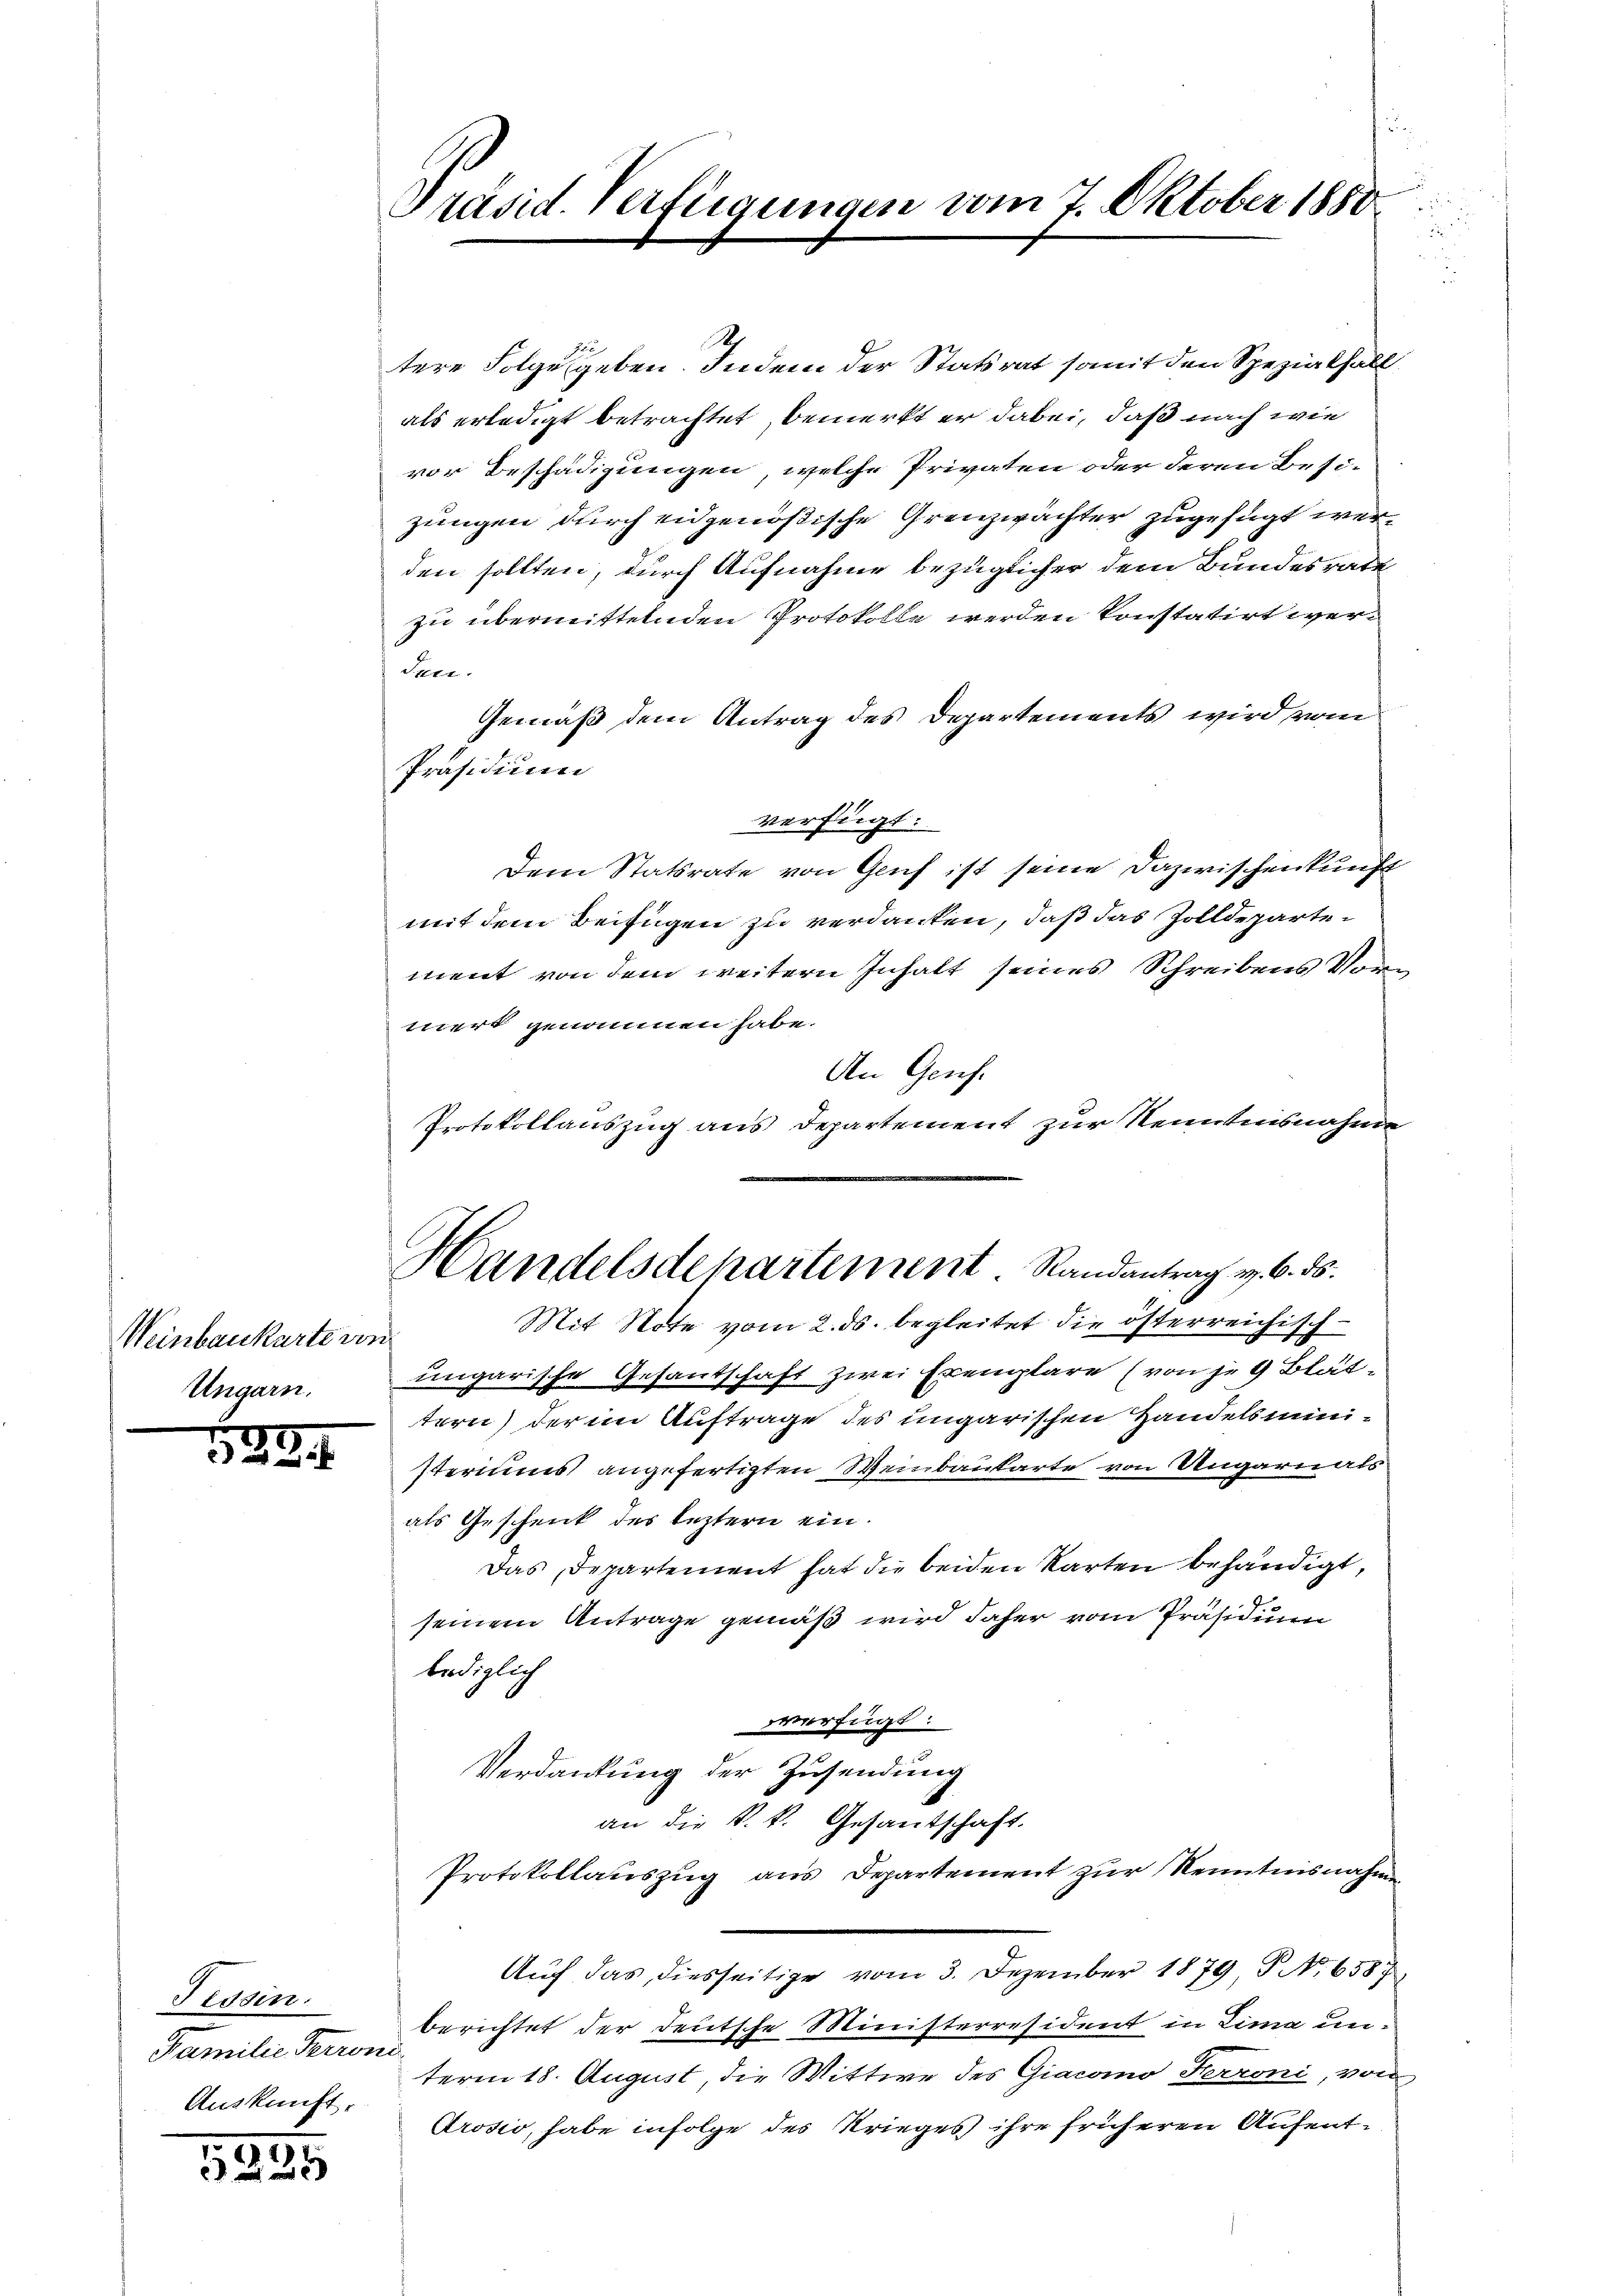
Weinbaukarte von
Ungarn.

5.

125

24.

Fissin.
Familie Terron
Auskunft

8

e
Präsid. Verfügungen vom 7. Oktober 1850.

Handelsdepartement. Randantrag v. 6. ds.
Mit Note vom 2. ds. begleitet die österreichisch¬

1
tere Folge geben. Indem der Statsrat somit den Spezialfall
als erledigt betrachtet bemerkt er dabei, daß nach wie
vor Beschädigungen, welche Privaten oder deren Besi-
zungen durch eidgenößische Grenzwächter zugesagt werden sollten, durch Aufnahme bezüglicher dem Bundesrate
zu übermittelnden Protokolle werden konstatirt wer¬
S. 121.
Gemäß dem Antrag des Departements wird vom
Präsidium
verfügt:
Dem Statsrate von Genf ist seine Dazwischenkunft
mit dem Beifügen zu verdanken, daß das Zolldepartement von dem weitern Inhalt seines Schreibens Vorn
mert genommen habe.
An Genf.
Protokollauszug aus Departement zur Kenntnisnahme
ungarische Gesandschaft zwei Exemplare (von je 9 Blättern) der im Auftrage des ungarischen Handelsministeriums angefertigten Weinbaukarte von Ungarn als
als Geschenk des leztern ein.
Das Departement hat die beiden Karten behändigt,
seinem Antrage gemäß wird daher vom Präsidium
lediglich
verfügt:
Verdankung der Zusendung
an die k. k. Gesantschaft.
Protokollauszug aus Departement zur Kenntnisnahmen
Auf das diesseitige vom 3. Dezember 1879 No 6587
berichtet der deutsche Ministerresident in Lima unterm 18. August, die Wittwe des Giacomo Ferroni, von
Arosio, habe infolge des Krieges ihre früheren Aufent¬